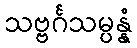
သဗ္ဗင်္ဂသမ္ပန္နံ